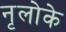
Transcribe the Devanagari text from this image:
नृलोके